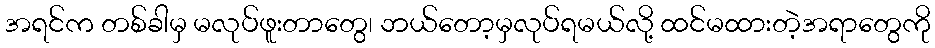
အရင်က တစ်ခါမှ မလုပ်ဖူးတာတွေ၊ ဘယ်တော့မှလုပ်ရမယ်လို့ ထင်မထားတဲ့အရာတွေကို